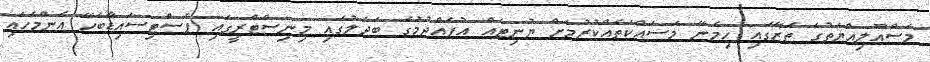
މަސްއޫލިއްޔަތުގެ ތެރޭގައި ހިމެނޭ މަސައްކަތެއްކުރުމަށް ޔުނިޓެއް އުފެއްދުމުގެ ބަދަލުގައި މިނިސްޓްރީގައި ޕެސްޓިސައިޑާބެހޭ އެންމެހައި